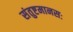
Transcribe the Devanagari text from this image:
संतुष्टमानसः